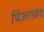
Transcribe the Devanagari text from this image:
पिंजराबंद